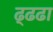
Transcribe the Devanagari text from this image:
ढ्ढढा